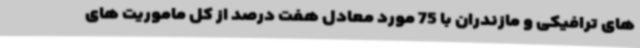
های ترافیکی و مازندران با 75 مورد معادل هفت درصد از کل ماموریت های